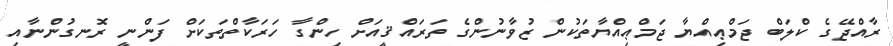
ރާއްޖޭގެ ކްލަބް ޖަމްޢިއްޔާ ޖަމްޢިއްޔާތަކުން ޒުވާނުންގެ ތަރައްޤީއަށް ހިންގާ ހަރަކާތްތަކަށް ފަންނީ ރޮނގުންނާއި